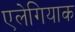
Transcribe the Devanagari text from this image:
एलेगियाक